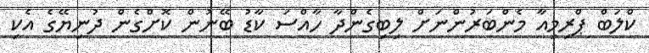
ކްލަބް ޕްރިމިއާ މެންބަރުންނަށް ލިބިގެންދާ ހާއްސަ ކާޑު ބޭނުން ކޮށްގެން ދުނިޔޭގެ އެކި